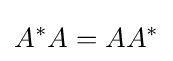
A^{*}A=AA^{*}